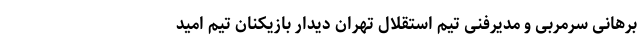
برهانی سرمربی و مدیرفنی تیم استقلال تهران دیدار بازیکنان تیم امید